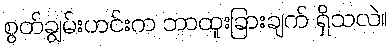
စွတ်ချွမ်းဟင်းက ဘာထူးခြားချက် ရှိသလဲ။